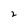
Character: 2